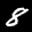
Label: 8